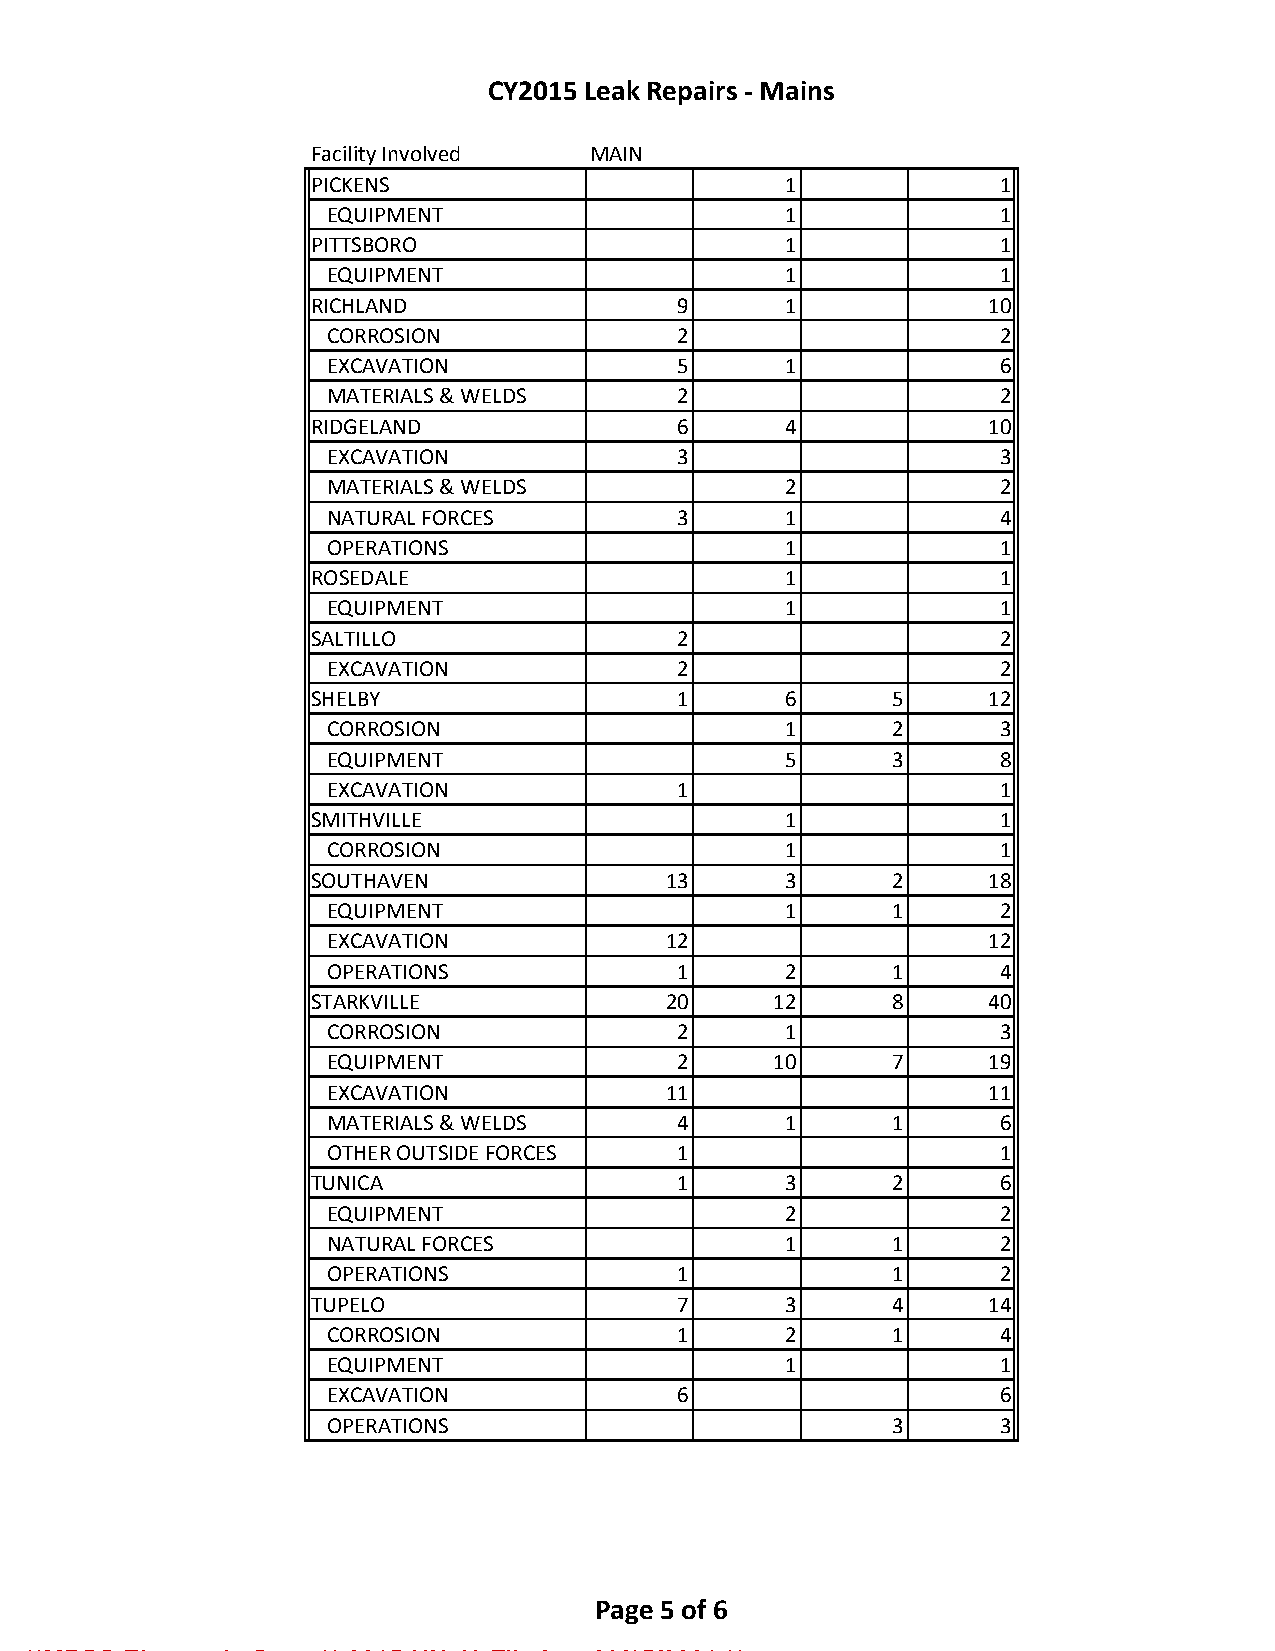
CY2015 Leak Repairs - Mains
 Facility Involved  MAIN
 PICKENS                         1             1
 EQUIPMENT                      1             1
 PITTSBORO                       1             1
 EQUIPMENT                      1             1
 RICHLAND                9       1            10
 CORROSION              2                     2
 EXCAVATION             5       1             6
 MATERIALS & WELDS      2                     2
 RIDGELAND               6       4            10
 EXCAVATION             3                     3
 MATERIALS & WELDS              2             2
 NATURAL FORCES         3       1             4
 OPERATIONS                     1             1
 ROSEDALE                        1             1
 EQUIPMENT                      1             1
 SALTILLO                2                     2
 EXCAVATION             2                     2
 SHELBY                  1       6      5     12
 CORROSION                      1      2      3
 EQUIPMENT                      5      3      8
 EXCAVATION             1                     1
 SMITHVILLE                      1             1
 CORROSION                      1             1
 SOUTHAVEN               13      3      2     18
 EQUIPMENT                      1      1      2
 EXCAVATION             12                   12
 OPERATIONS             1       2      1      4
 STARKVILLE              20     12      8     40
 CORROSION              2       1             3
 EQUIPMENT              2      10      7     19
 EXCAVATION             11                   11
 MATERIALS & WELDS      4       1      1      6
 OTHER OUTSIDE FORCES   1                     1
 TUNICA                  1       3      2      6
 EQUIPMENT                      2             2
 NATURAL FORCES                 1      1      2
 OPERATIONS             1              1      2
 TUPELO                  7       3      4     14
 CORROSION              1       2      1      4
 EQUIPMENT                      1             1
 EXCAVATION             6                     6
 OPERATIONS                            3      3
 Page 5 of 6
 **MPSC Electronic Copy ** 2015-UN-49 Filed on 03/15/2021 **